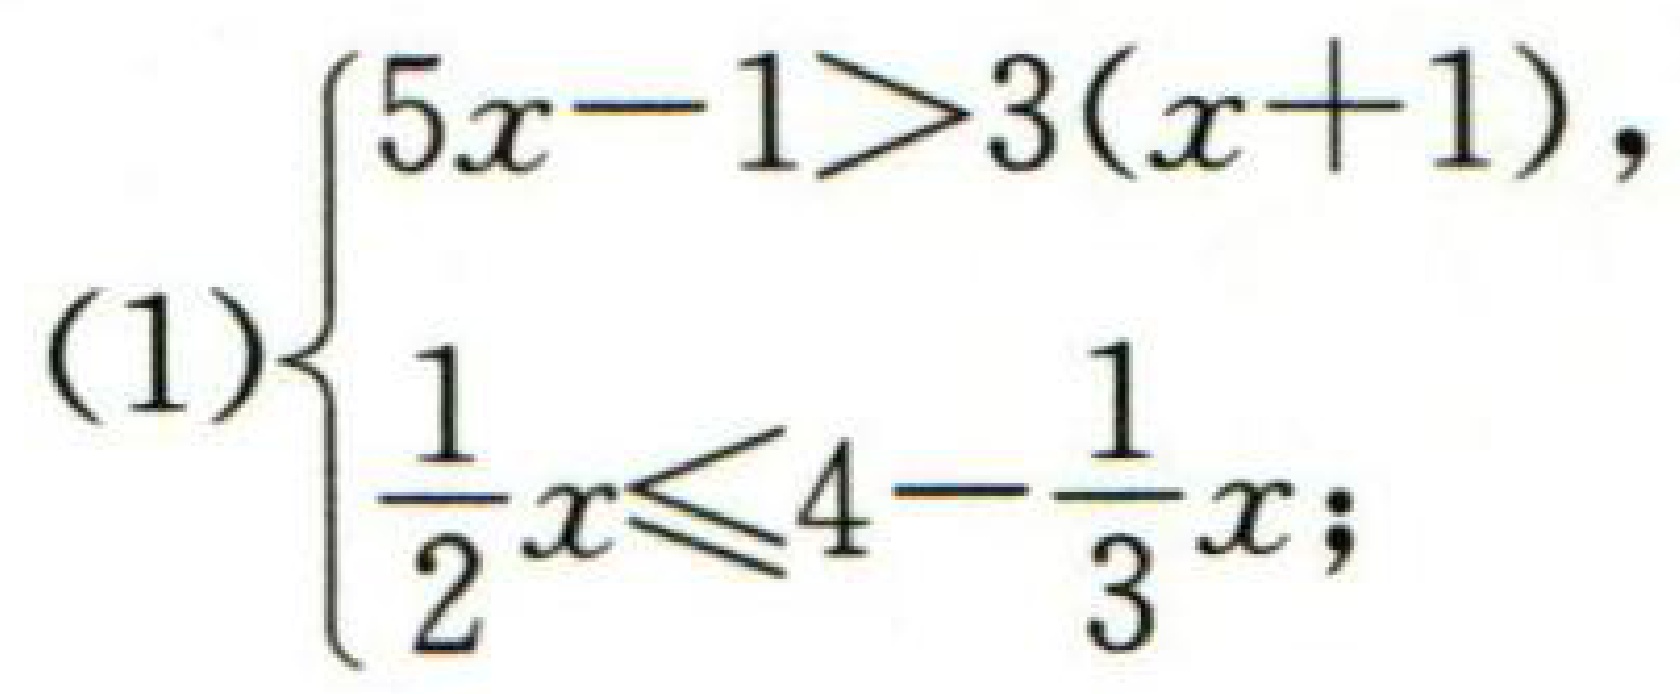
(1)$\begin{cases}

5x - 1>3(x + 1),\\

\frac{1}{2}x\leqslant4-\frac{1}{3}x;

\end{cases}$